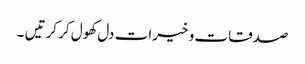
صدقات و خیرات دل کھول کر کرتیں ۔